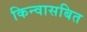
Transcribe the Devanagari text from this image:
किन्वासबित